Report of an investigation in regard to the prevalence of stegomyia and other mosquitoes in Karachi, and the measures necessary for their control
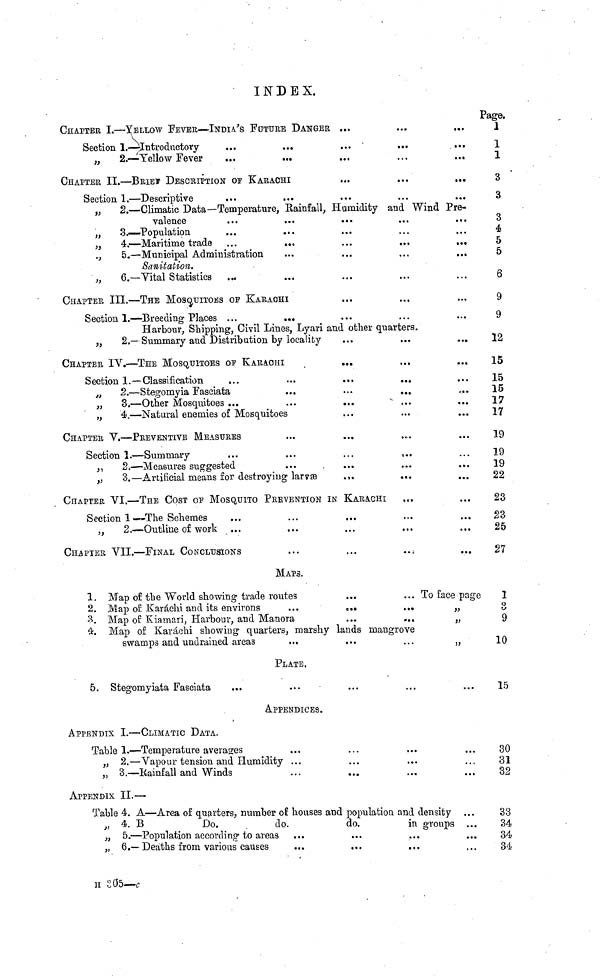
INDEX.
CHAPTER I.—YELLOW FEVER—INDIES FUTURE DANGER ...
Section 1.—Introductory
...
...
...
...
„
2.—Yellow Fever
...
...
...
...
...
CHAPTER II.—BRIEF DESCRIPTION OF KARACHI
...
...
...
Section 1.—Descriptive
„
2.—Climatic Data—Temperature, Rainfall, Humidity and Wind Pre-
valence
...
...
...
...
...
,,
3.=Population
„
4.—Maritime trade ...
...
...
...
.
.,
5.—Municipal Administration
Sanitation.
„
6.—Vital Statistics
CHAPTER III.—THE MOSQUITOES OF KARACHI
Section 1.—Breeding Places ...
...
Harbour, Shipping, Civil Lines, Lyari and other quarters.
„
2.— Summary and Distribution by locality
CHAPTER IV.—THE MOSQUITOES OF KARACHI
...
Section 1.—Classification
„
2.—Stegomyia Fasciata
...
•••
...
„
3.—Other Mosquitoes ...
„
4.—Natural enemies o£ Mosquitoes
CHAPTER V.—PREVENTIVE MEASURES
Section Ï.—Summary
,,
2.—Measures suggested
„
3.—Artificial means for destroying
larvæ
..
CHAPTER VI.—THE COST OF MOSQUITO PREVENTION IN KARACHI
Section 1—The Schemes
,,
2.—Outline of work ...
CHAPTER VII.—FINAL CONCLUSIONS
...
...
..
MAPS.
1. Map of the World showing trade routes
...
... To face page
2. Map of Karachi and its environs
...
..
...
3. Map of Kiamari, Harbour, and Manora
...
.
4. Map of Karachi showing quarters, marshy lands mangrove
swamps and undrained areas
...
...
...
„
PLATE.
5. Stegomyiata Fasciata
APPENDICES.
APPENDIX I.—CLIMATIC DATA.
Table 1.—Temperature averages
„ 2.—Vapour tension and Humidity ...
„ 3.—Rainfall and Winds
APPENDIX II.—
Table 4. A—Area of quarters, number of houses and populatiou and density
,, 4. B
Do.
do.
do.
in groups ...
„ 5.—Population according to areas
„ 6.—Deaths from various causes
Page.
1
1
1
3
3
3
4
5
5
6
9
9
12
15
15
15
17
17
19
19
19
22
23
23
25
27
1
3
9
10
15
30
31
32
33
34
34
34
H 305—c